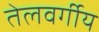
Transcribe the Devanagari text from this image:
तेलवर्गीय